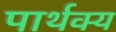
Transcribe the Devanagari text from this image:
पार्थक्‍य